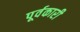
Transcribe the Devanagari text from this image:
पूर्वकारी